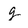
Character: g